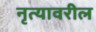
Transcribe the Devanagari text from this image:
नृत्यावरील